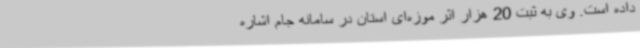
داده است. وی به ثبت 20 هزار اثر موزه‌ای استان در سامانه جام اشاره